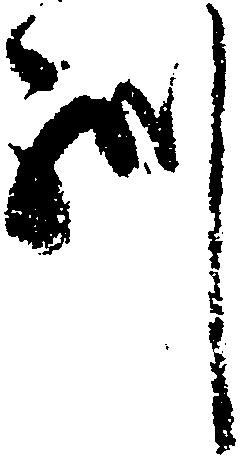
州